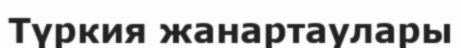
Түркия жанартаулары